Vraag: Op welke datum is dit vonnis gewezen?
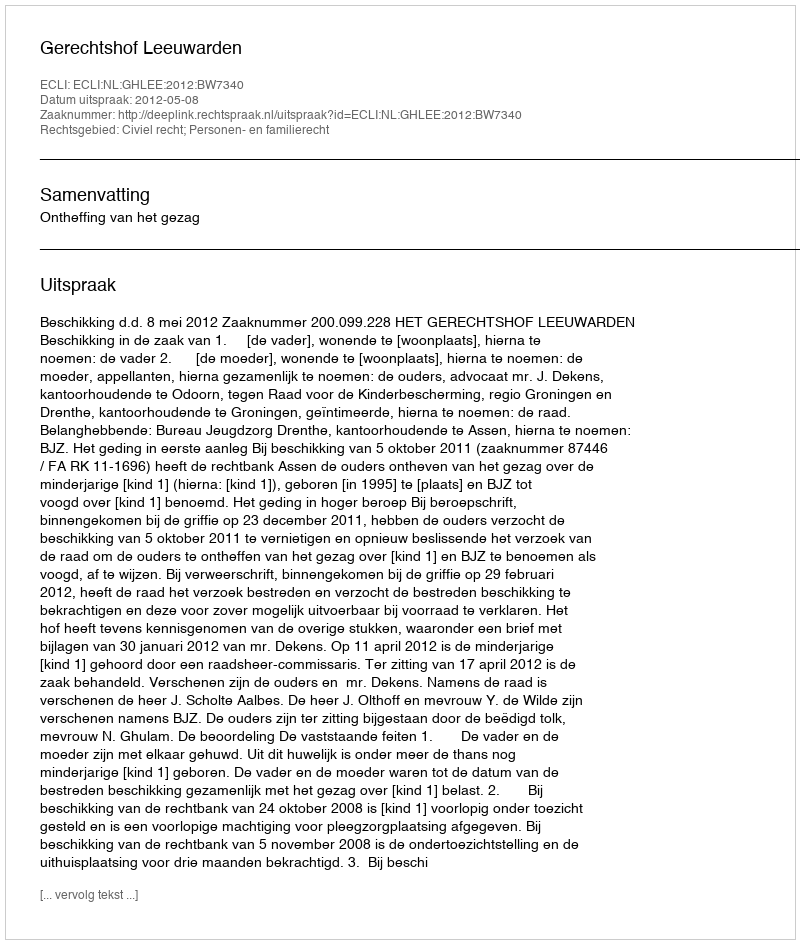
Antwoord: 2012-05-08